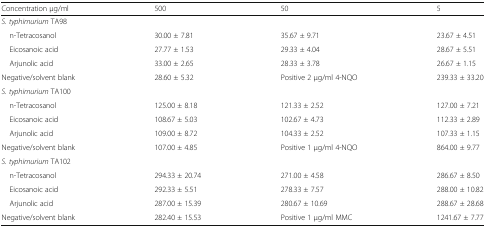
<table><thead><tr><td><b>Concentration μg/ml</b></td><td><b>500</b></td><td><b>50</b></td><td><b>5</b></td></tr></thead><tbody><tr><td colspan="4"><i>S. typhimurium</i> TA98</td></tr><tr><td> n-Tetracosanol</td><td>30.00 ± 7.81</td><td>35.67 ± 9.71</td><td>23.67 ± 4.51</td></tr><tr><td> Eicosanoic acid</td><td>27.77 ± 1.53</td><td>29.33 ± 4.04</td><td>28.67 ± 5.51</td></tr><tr><td> Arjunolic acid</td><td>33.00 ± 2.65</td><td>28.33 ± 3.78</td><td>26.67 ± 1.15</td></tr><tr><td>Negative/solvent blank</td><td>28.60 ± 5.32</td><td>Positive 2 μg/ml 4-NQO</td><td>239.33 ± 33.20</td></tr><tr><td colspan="4"><i>S. typhimurium</i> TA100</td></tr><tr><td> n-Tetracosanol</td><td>125.00 ± 8.18</td><td>121.33 ± 2.52</td><td>127.00 ± 7.21</td></tr><tr><td> Eicosanoic acid</td><td>108.67 ± 5.03</td><td>102.67 ± 4.73</td><td>112.33 ± 2.89</td></tr><tr><td> Arjunolic acid</td><td>109.00 ± 8.72</td><td>104.33 ± 2.52</td><td>107.33 ± 1.15</td></tr><tr><td>Negative/solvent blank</td><td>107.00 ± 4.85</td><td>Positive 1 μg/ml 4-NQO</td><td>864.00 ± 9.77</td></tr><tr><td colspan="4"><i>S. typhimurium</i> TA102</td></tr><tr><td> n-Tetracosanol</td><td>294.33 ± 20.74</td><td>271.00 ± 4.58</td><td>286.67 ± 8.50</td></tr><tr><td> Eicosanoic acid</td><td>292.33 ± 5.51</td><td>278.33 ± 7.57</td><td>288.00 ± 10.82</td></tr><tr><td> Arjunolic acid</td><td>287.00 ± 15.39</td><td>280.67 ± 10.69</td><td>288.67 ± 28.68</td></tr><tr><td>Negative/solvent blank</td><td>282.40 ± 15.53</td><td>Positive 1 μg/ml MMC</td><td>1241.67 ± 7.77</td></tr></tbody></table>